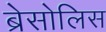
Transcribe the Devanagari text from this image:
ब्रेसोलिस